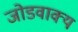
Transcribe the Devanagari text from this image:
जोडवाक्य